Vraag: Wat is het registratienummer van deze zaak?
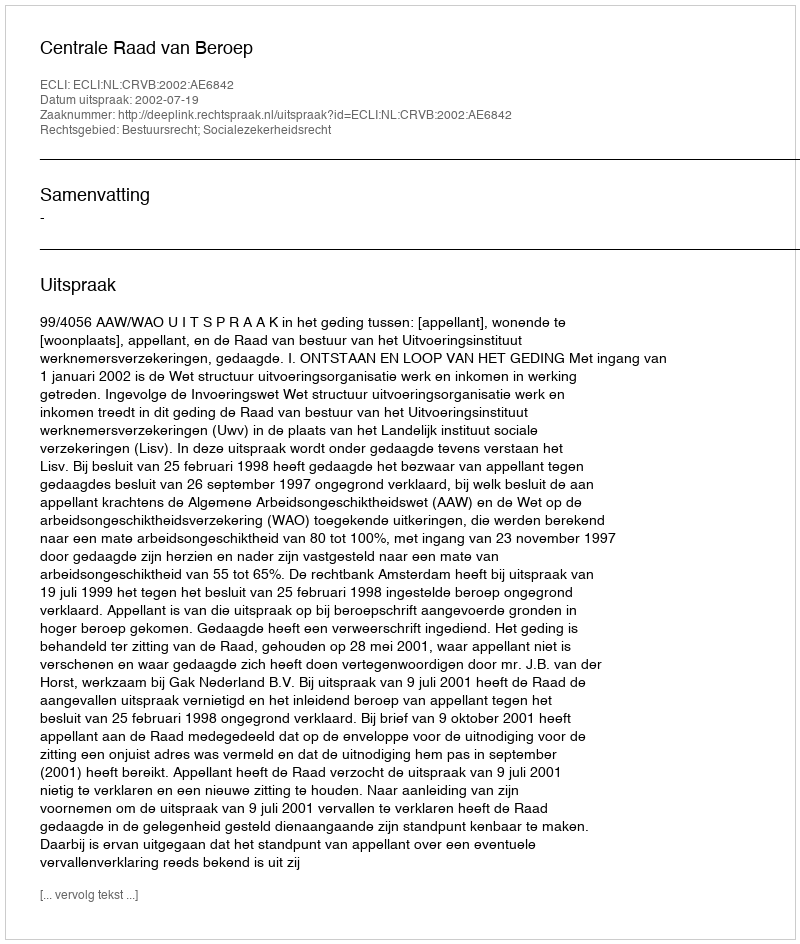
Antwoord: http://deeplink.rechtspraak.nl/uitspraak?id=ECLI:NL:CRVB:2002:AE6842